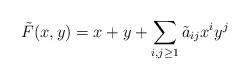
LaTeX: \begin{align*}\tilde F(x,y)=x+y+\sum_{i,j\ge 1} \tilde a_{ij}x^iy^j\end{align*}